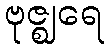
ဗုဇ္ဈရေ